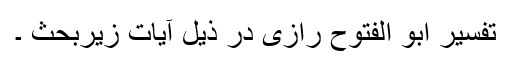
تفسیر ابو الفتوح رازی در ذیل آیات زیربحث ۔